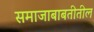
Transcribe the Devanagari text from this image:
समाजाबाबतीतील